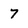
Character: 7